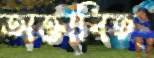
অক্তাবিহ